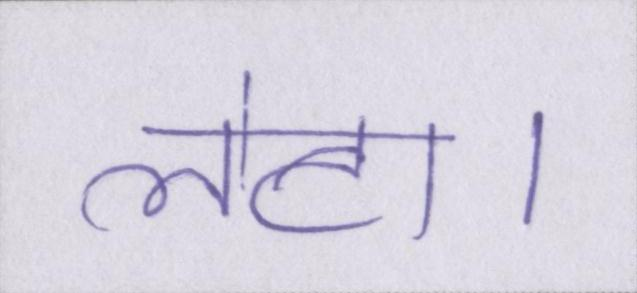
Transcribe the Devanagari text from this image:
लेटा।